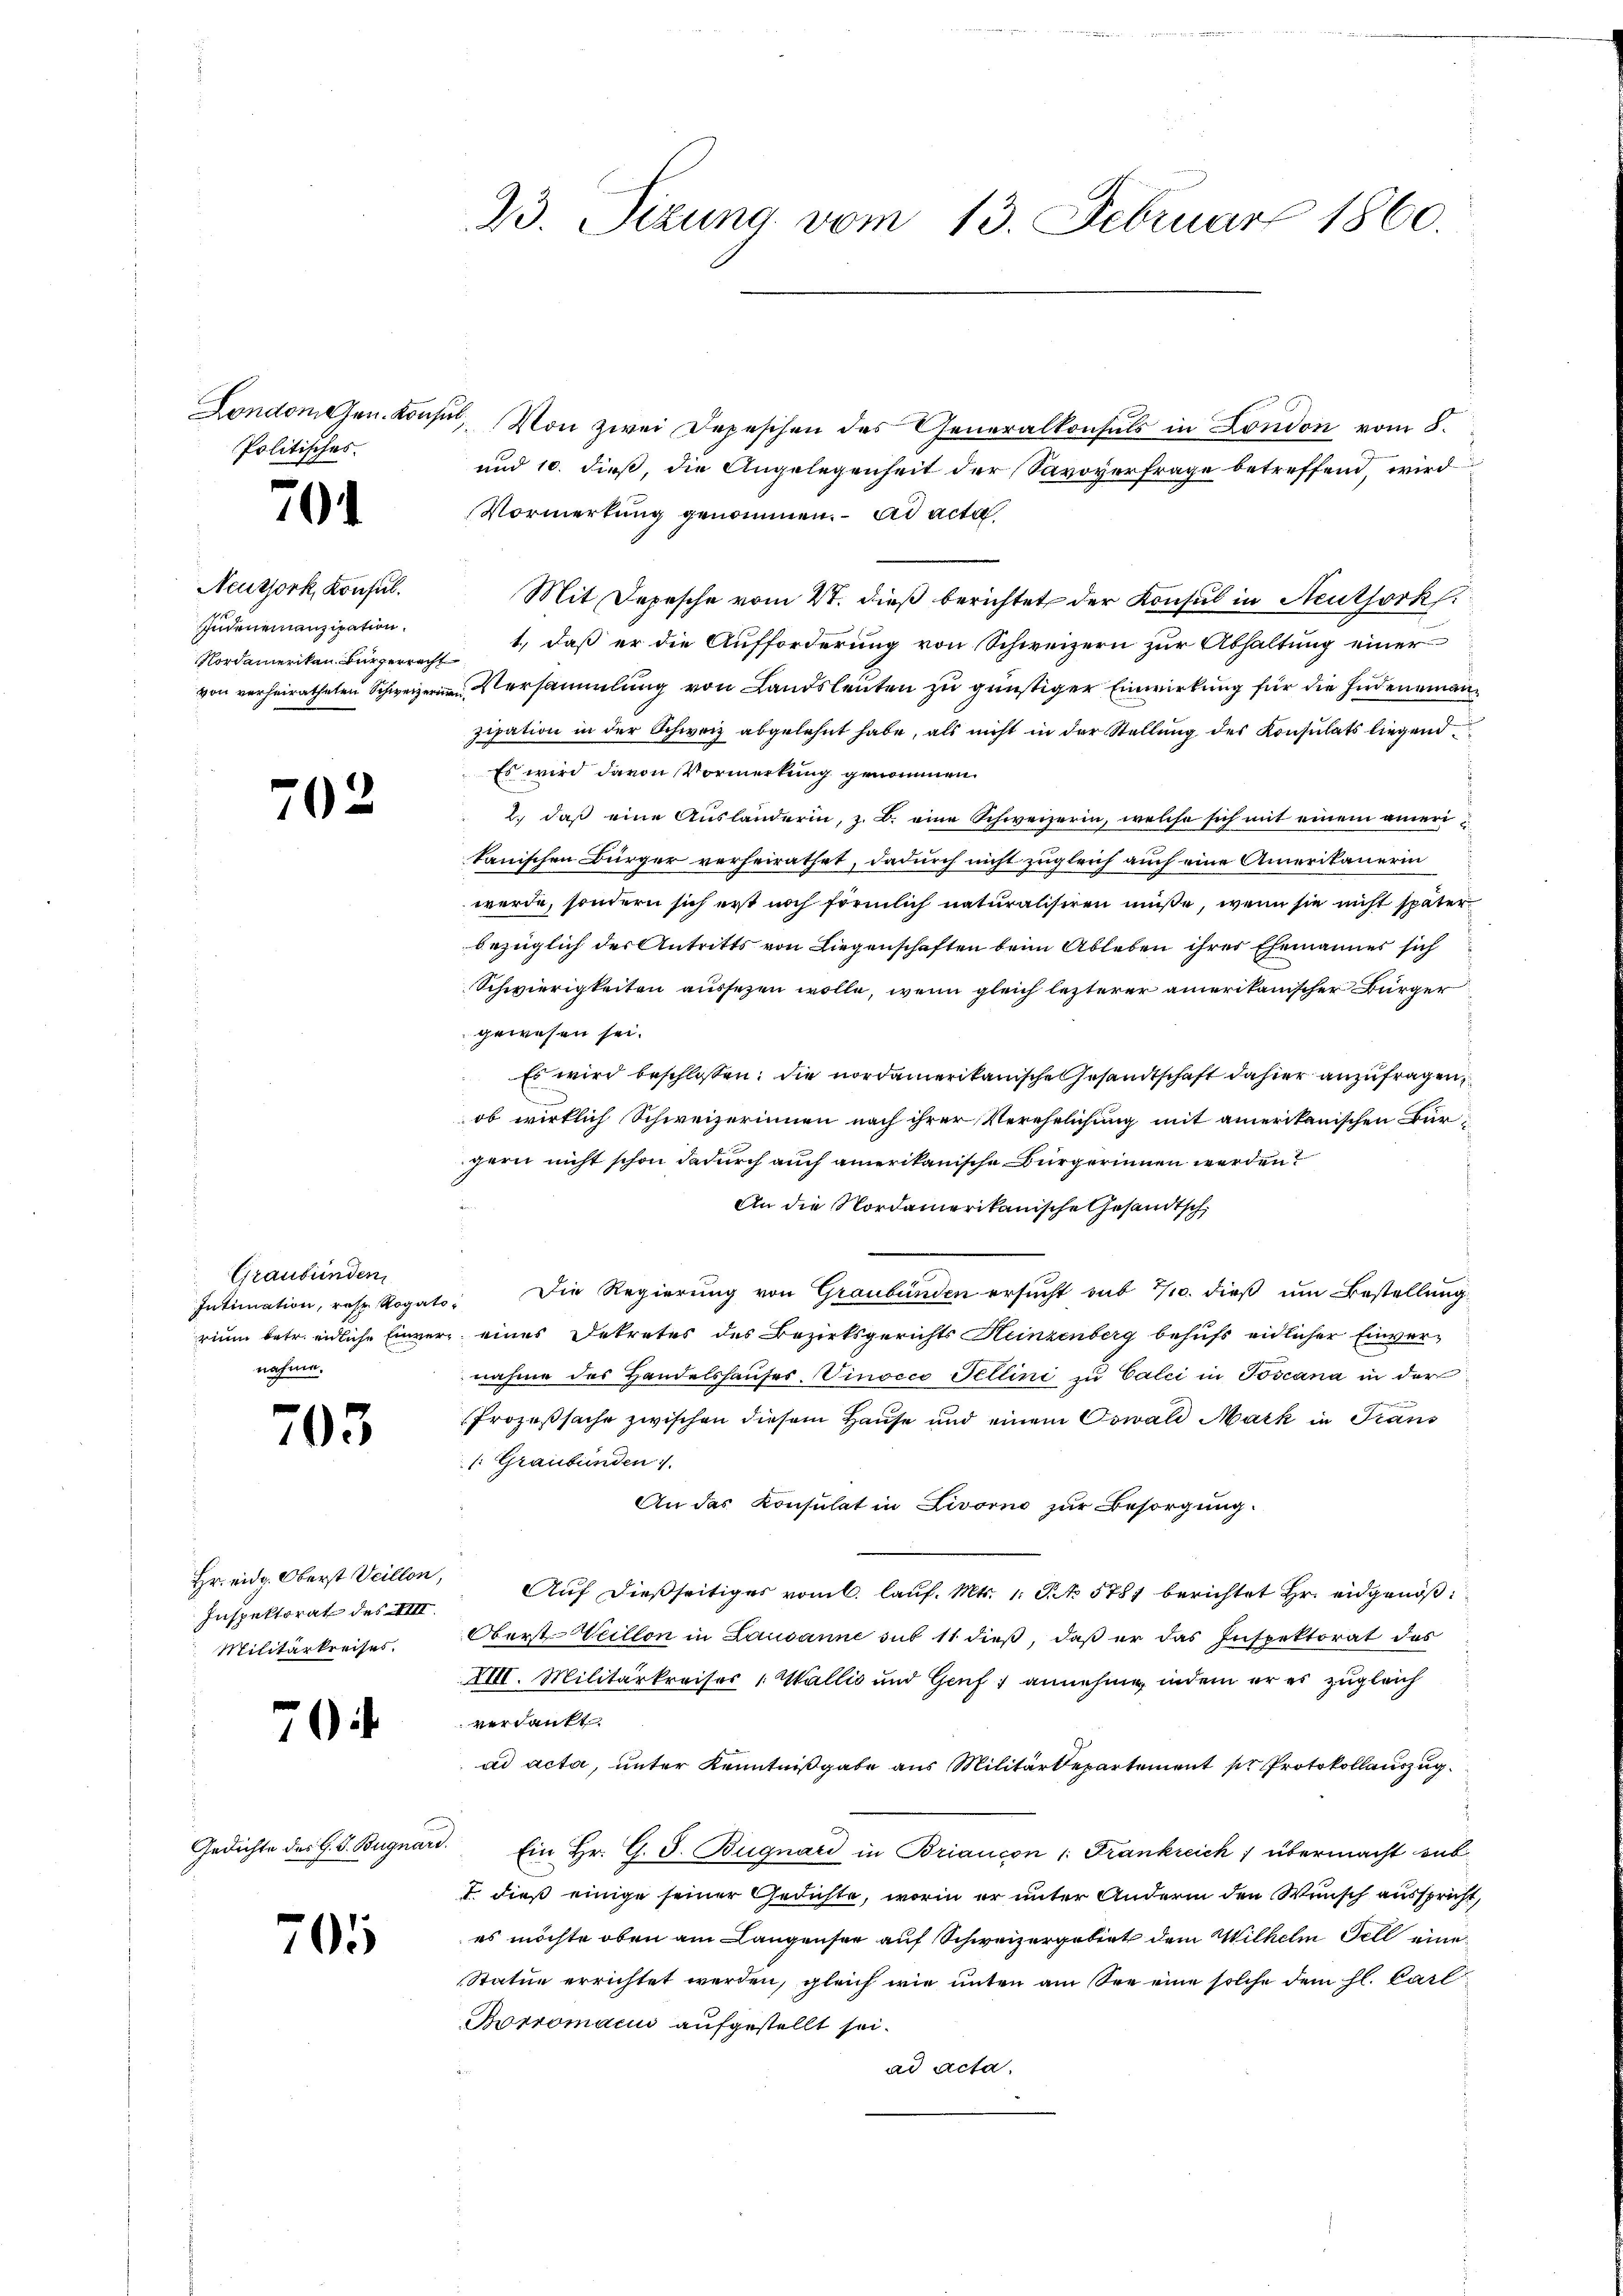
Londonehen. Konst
Politisches.

70

Neuzjork, Konsul
Indenemanzipation.
Nordamerikan Bürgerracht

702

Graubünden
nahme.

f
05

Inspektorat des XIII.
Militärkreises.

7

Gedichte des G. J. Bügnars

705

23. Sizung vom 13. Februar 1860.

al. Von zwei Depeschen des Generalkonsuls in London vom 8.
und 10. dieß, die Angelegenheit der Savoverfrage betreffend, wird
Vormerkung genommen. ad acta
Mit Depesche vom 2. dieß berichtet der Konsul in Neuthork
1., daß er die Aufforderung von Schweizern zur Abhaltung einer
von verheiratheten Schweizern Versammlung von Landsleuten zu günstiger Einwirkung für die Indeneinanzipation in der Schweiz abgelehnt habe, als nicht in der Stellung des Konsulats liegend
Es wird davon Vormerkung genommen.
 2. daß eine Ausländerin, z. B. eine Schweizerin, welche sich mit einem ameritanischen Bürger verheirathet, dadurch nicht zugleich auch eine Amerikanerin
werde, sondern sich erst noch förmlich naturalisiren müße, wenn sie nicht später
bezüglich der Antritts von Liegenschaften beim Ableben ihrer Ehemannes sich
Schwierigkeiten aussezen wolle, wenn gleich lezterer amerikanischer Bürger
gewesen sei.
Es wird beschlossen: die nordamerikanische Gesandtschaft dahier anzufragen,
ob wirklich Schweizerinnen nach ihrer Verehelichung mit amerikanischen Bürzern nicht schon dadurch auch amerikanische Bürgerinnen werden?
An die Nordamerikanische Gesandtsch
Intimation, res Rogato. Die Regierung von Graubünden ersucht sub 7/10. dieß um Bestellung
rium betr. eidliche Einvers eines Dekretes des Bezirksgerichts Heinzenberg behufs eidlicher Einvernahme des Handelshauses. Vinocco Pellini zu Calci in Toscana in der
Prozeßsache zwischen diesem Hause und einem Oswald Mark in Trans
/: Graubünden
An das Konsulat in Livorno zur Besorgung
Hr. eidg. Oberst Veillon, Aŭf dießseitiges vom 6. laŭf. Mts. 1. Frk. 5781 berichtet Hr. eidgenöß¬
Oberst-Weillon in Lausanne sub 11 dieß, daß er das Inspektorat des
XIII. Militärkreiser Wallis und Genf annehme, indem er es zugleich
verdankt.
ad acta, unter Kenntnißgabe aus Militärdepartement pr Protokollauszug
Ein Hr. G. J. Bügnard in Briaucon 1. Frankreich übermacht ent
7 dieß einige seiner Gedichte, worin er unter Andern den Wunsch ausspricht,
es möchte oben am Langensee auf Schweizergebiet dem Wilhelm Fell eine
Statue errichtet werden, gleich wie unten am See eine solche dem hl. Carl
Borromann aufgestellt sei.
ad acta.